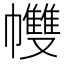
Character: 𢅻